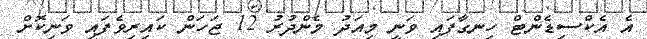
އެ އެކްސިޑެންޓް ހިނގާފައި ވަނީ މިއަދު މެންދުރު 12 ޖަހަން ކައިރިވެފައި ވަނިކޮށް